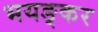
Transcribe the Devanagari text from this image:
भयङ्कर